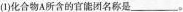
(1)化合物A所含的官能团名称是___。